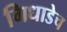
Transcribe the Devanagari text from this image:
गिधाडेच